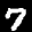
Label: 7